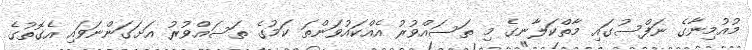
މުއުމިނާގެ ނަފްސުގައި މާތްކަލާނގެ މި ތަސައްވުރު އެއްކައުވަންތަ ކަމުގެ ތަސައްވުރު އަށަގަންނަވައި އެގޮތުގެ